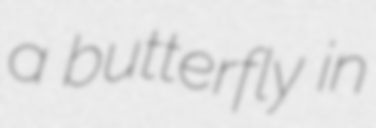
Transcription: a butterfly in